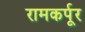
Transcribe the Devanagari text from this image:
रामकर्पूर